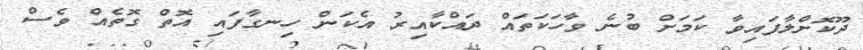
ދޫކޮށްލާފައިވާ ކަމަށް ބުނެ ވާހަކަތައް ދައްކާއިރު އެކަން ހިނގާފައި އޮތް ގޮތެއް ވެސް